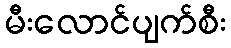
မီးလောင်ပျက်စီး